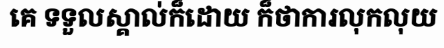
គេ ទទួលស្គាល់ក៏ដោយ ក៏ថាការលុកលុយ